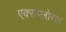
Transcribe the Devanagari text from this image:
एक्सप्लोरल